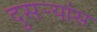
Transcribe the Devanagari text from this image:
दुसर्‍यांस